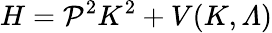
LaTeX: H=\mathcal{P}^{2}K^{2}+V(K,{\mit\Lambda})